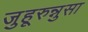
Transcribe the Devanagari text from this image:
जुहूरुन्नुसा